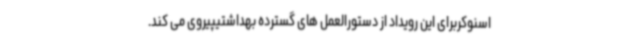
اسنوکربرای این رویداد از دستورالعمل های گسترده بهداشتیپیروی می کند.